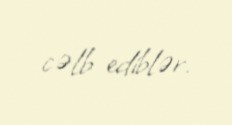
cəlb ediblər.